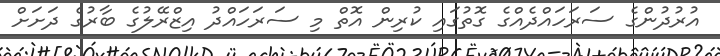
އުރުދުންގެ ސަރަހައްދެއްގެ ގޮތުގައި ކުރިން އޮތް މި ސަރަހައްދު އިޒްރޭލުގެ ބާރުގެ ދަށަށް